Note on the mental hospitals in Burma - 1925-1940
Year: 1925
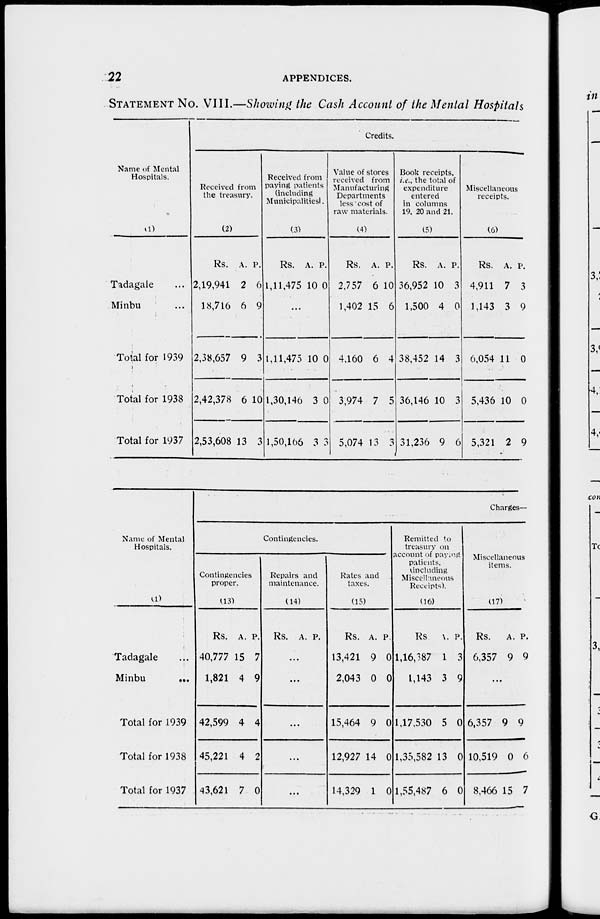
22
APPENDICES.
STATEMENT No. VIII.—Showing the Cash Account of the Mental Hospitals
Name of Mental
Hospitals.
(1)
Tadagale ...
Minbu ...
Total for 1939
Total for 1938
Total for 1937
Credits.
Received from
the treasury.
(2)
Rs.
2,19,941
18,710
2,38,657
2,42,378
2,53,608
A.
2
6
9
6
13
P.
6
9
3
10
3
Received from
paying patients
(including
Municipalities).
(3)
Rs.
1,11,475
A.
10
P.
0
...
1,11,475
1,30,146
1,50,166
10
3
3
0
0
3
Value of stores
received from
Manufacturing
Departments
less cost of
raw materials.
(4)
Rs.
2,757
1,402
4,160
3,974
5,074
A.
6
15
6
7
13
P.
10
6
4
5
3
Book receipts,
i.e., the total of
expenditure
entered
in columns
19,20 and 21.
(5)
Rs.
36,952
1,500
38,452
36,146
31,236
A.
10
4
14
10
9
P.
3
0
3
3
6
Miscellaneous
receipts.
(6)
Rs.
4,911
1,143
6,054
5,436
5,321
A.
7
3
11
10
2
P.
3
9
0
0
9
Name of Mental
Hospitals.
(1)
Tadagale ...
Minbu
...
Total for 1939
Total for 1938
Total for 1937
Charges—
Contingencies.
Contingencies
proper.
(13)
Rs.
40,777
1,821
42,599
45,221
43,621
A.
15
4
4
4
7
P.
7
9
4
2
0
Repairs and
maintenance.
(14)
Rs. A. P.
...
...
...
...
...
Rates and
taxes.
(13)
Rs.
13,421
2,043
15,464
12,927
14,329
A.
9
0
9
14
1
P.
0
0
0
0
0
Remitted to
treasury on
account of paying
patients.
(including
Miscellaneous
Receipts).
(16)
Rs.
1,16,387
1,143
1,17,530
1,35,582
1,55,487
A.
1
3
5
13
6
P.
3
9
0
0
0
Miscellaneous
items.
(17)
Rs.
6,357
A
9
P.
9
...
6,357
10,519
8,466
9
0
15
9
6
7